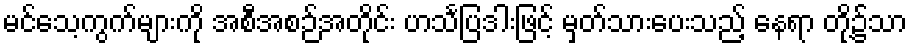
မင်သေ့ကွက်များကို အစီအစဉ်အတိုင်း ဟင်္သပြဒါးဖြင့် မှတ်သားပေးသည့် နေရာ တို့၌သာ